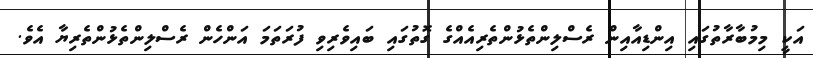
އަކީ މިމުބާރާތުގައި އިންޑިއާއިން ރެސްލިންތެޅުންތެރިއެއްގެ ގޮތުގައި ބައިވެރިވި ފުރަތަމަ އަންހެން ރެސްލިންތެޅުންތެރިޔާ އެވެ.